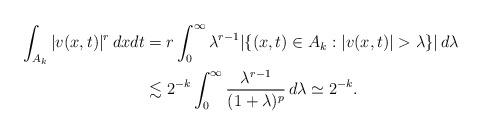
LaTeX: \begin{align*} \int_{A_k} |v(x,t)|^r\, dxdt&=r\int_0^\infty\lambda^{r-1}|\{(x,t)\in A_k: |v(x,t)|>\lambda\}|\, d\lambda\\&\lesssim 2^{-k}\int_0^\infty \frac {\lambda^{r-1}}{(1+\lambda)^p }\, d\lambda\simeq 2^{-k}. \end{align*}